Leaving Certificate Examination (including Day School Certificate (Higher) General paper), 1933
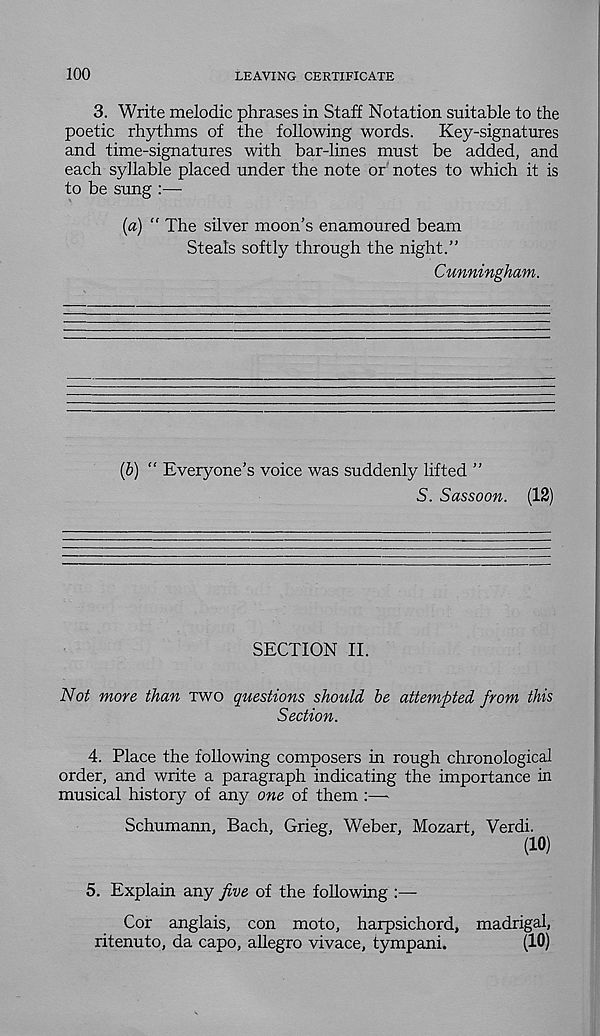
100
LEAVING CERTIFICATE
3. Write melodic phrases in Staff Notation suitable to the
poetic rhythms of the following words.
Key-signatures
and time-signatures with bar-lines must be added, and
each syllable placed under the note or notes to which it is
to be sung :—
{a) “ The silver moon’s enamoured beam
Steals softly through the night.”
Cunningham.
(h) “ Everyone’s voice was suddenly lifted ”
S. Sassoon. (12)
SECTION II.
Not more than two questions should he attempted from this
Section.
4. Place the following composers in rough chronological
order, and write a paragraph indicating the importance in
musical history of any one of them :—
Schumann, Bach, Grieg, Weber, Mozart, Verdi.
(10)
5. Explain any five of the following :—
Cor anglais, con moto, harpsichord, madrigal,
ritenuto, da capo, allegro vivace, tympani.
(10)